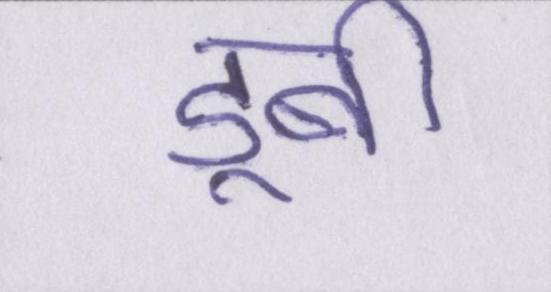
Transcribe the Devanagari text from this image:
डूबी